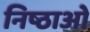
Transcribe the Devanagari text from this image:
निष्ठाओं